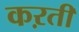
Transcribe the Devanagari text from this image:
कऱती